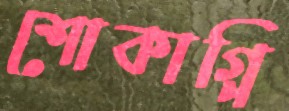
শোকাগ্নি